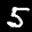
Label: 5